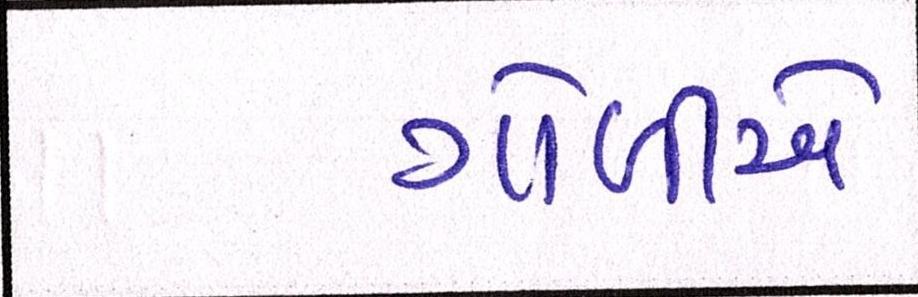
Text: ગોળીએ